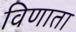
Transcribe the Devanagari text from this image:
विणाता